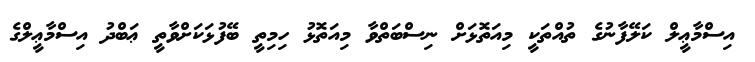
އިސްމާޢީލް ކަލޭފާނުގެ ތުއްތަކީ މިއަތޮޅަށް ނިސްބަތްވާ މިއަތޮޅު ހިމިތީ ބޭފުޅަކަށްވާތީ ޢަބްދު އިސްމާޢީލްގެ